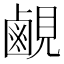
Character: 𬸳